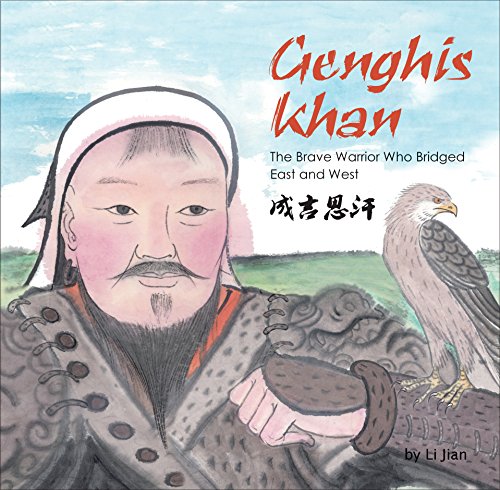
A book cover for Genghis Khan: The Brave Warrior Who Bridged East and West (English and Chinese bilingual text) (Contemporary Writers); Li Jian; Children's Books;